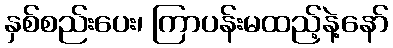
နှစ်စည်းပေး၊ ကြာပန်းမထည့်နဲ့နော်